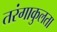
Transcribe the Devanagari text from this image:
तरंगाकुलता